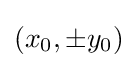
(x_{0},\pm y_{0})